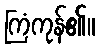
ကြံကုန်၏။